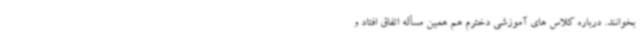
بخوانند. درباره کلاس های آموزشی دخترم هم همین مسأله اتفاق افتاد و